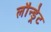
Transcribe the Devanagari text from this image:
लौन्ड्रेट